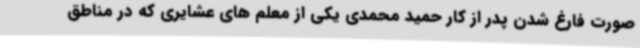
صورت فارغ شدن پدر از کار حمید محمدی یکی از معلم های عشایری که در مناطق